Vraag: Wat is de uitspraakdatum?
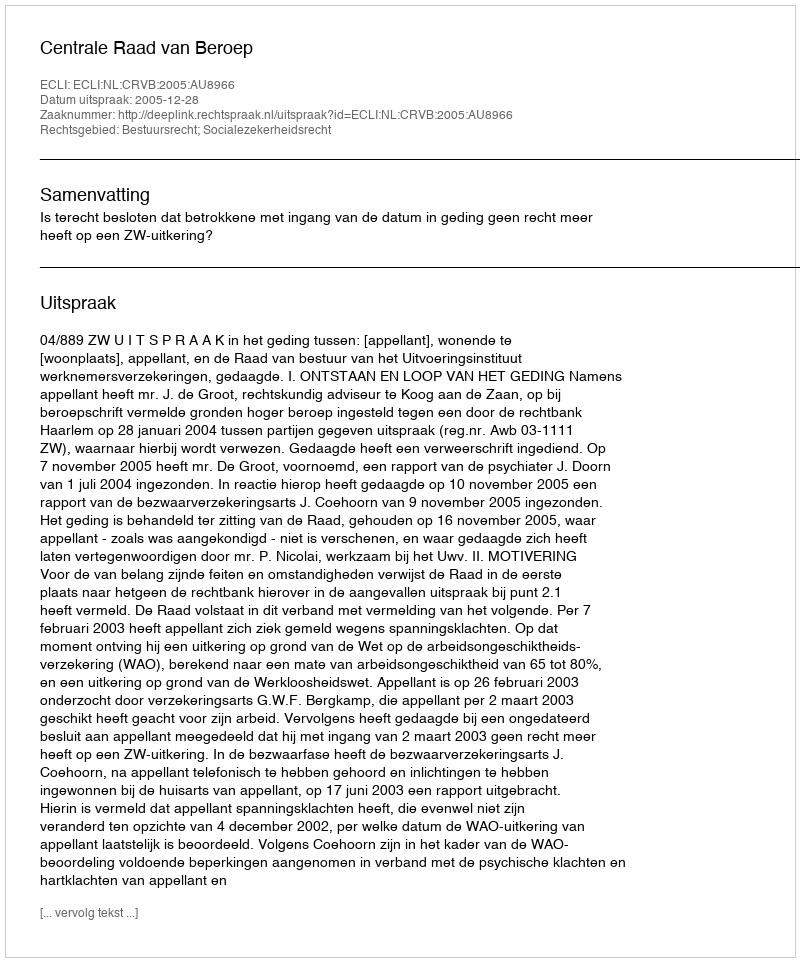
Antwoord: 2005-12-28